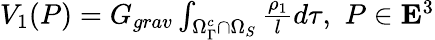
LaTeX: \begin{array}{r}{V_{1}(P)=G_{grav}\int_{\Omega_{\Gamma}^{c}\cap\Omega_{S}}\frac{\rho_{1}}{l}d\tau,\, \, P\in{\mathbf E}^{3}}\end{array}